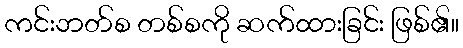
ကင်းဘတ်စ တစ်စကို ဆက်ထားခြင်း ဖြစ်၏။